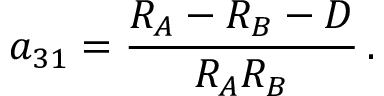
a _ { 3 1 } = { \frac { R _ { A } - R _ { B } - D } { R _ { A } R _ { B } } } \, .